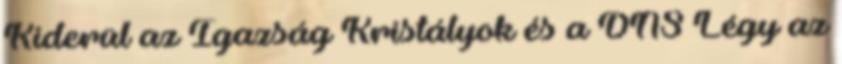
Kiderül az Igazság Kristályok és a DNS Légy az